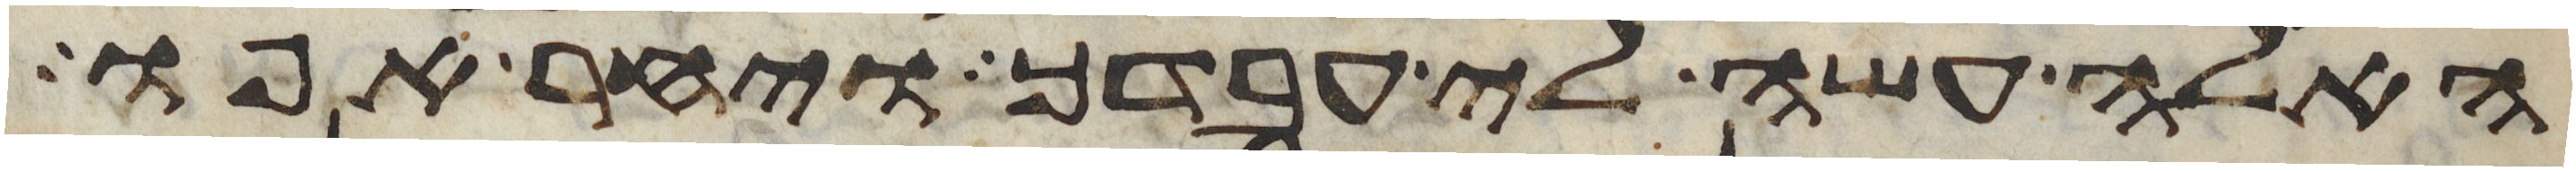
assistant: האלה עשה לי עבדך ויחר אפו